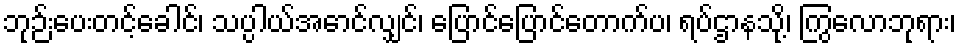
ဘုဉ်းပေးတင့်ခေါင်၊ သပ္ပါယ်အောင်လျှင်၊ ပြောင်ပြောင်တောက်ပ၊ ရပ်ဌာနသို့၊ ကြွလောဘုရား၊